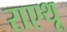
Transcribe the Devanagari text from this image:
राएथू